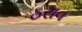
ઠરાવ